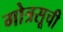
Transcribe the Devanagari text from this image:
गोत्रसूची